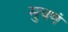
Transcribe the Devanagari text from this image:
सुचणं